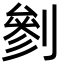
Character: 剼